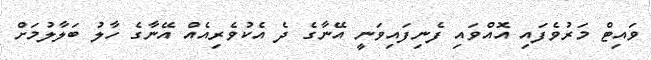
ވައިޓް މަރުވެފައި އޮއްވައި ފެނިފައިވަނީ އޭނާގެ ދެ އެކުވެރިއެއް އޭނާގެ ހާލު ބަލާލުމަށް